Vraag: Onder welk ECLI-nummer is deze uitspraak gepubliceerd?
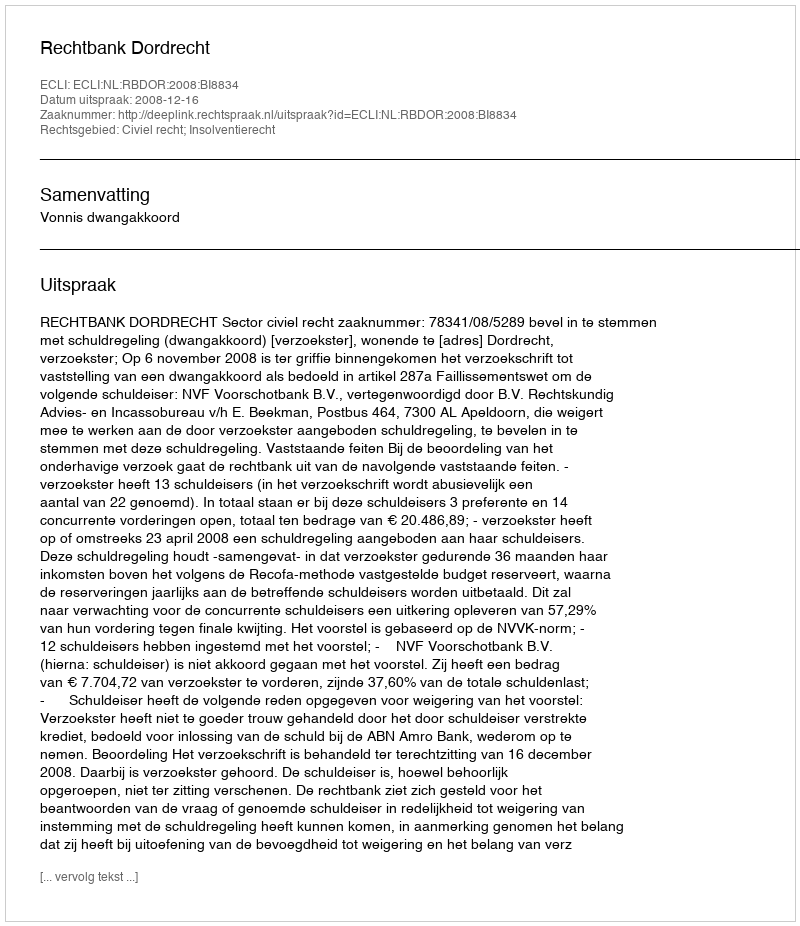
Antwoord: ECLI:NL:RBDOR:2008:BI8834